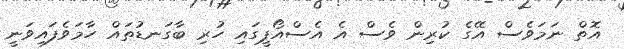
އޮތް ނަމަވެސް އޭގެ ކުރިން ވެސް އެ އެސްއޯޕީގައި ހުރި ބާގަނޑުތައް ހާމަވެފައިވަނީ